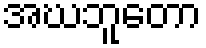
အဃဘူတော